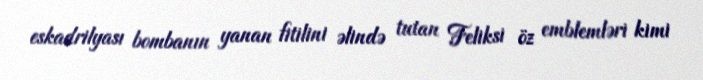
eskadrilyası bombanın yanan fitilini əlində tutan Feliksi öz emblemləri kimi